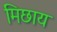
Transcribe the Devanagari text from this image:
मिछाय